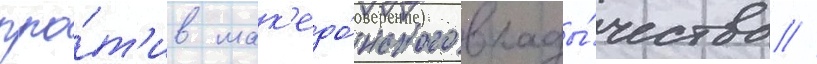
про́т'ив мак'едо́нского влады́чества //